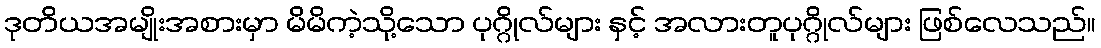
ဒုတိယအမျိုးအစားမှာ မိမိကဲ့သို့သော ပုဂ္ဂိုလ်များ နှင့် အလားတူပုဂ္ဂိုလ်များ ဖြစ်လေသည်။